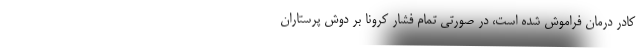
کادر درمان فراموش شده‌ است، در صورتی تمام فشار کرونا بر دوش پرستاران